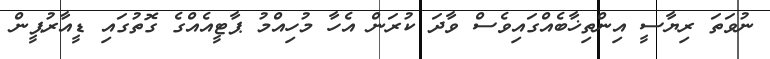
ނުވަތަ ރިޔާސީ އިންތިޚާބެއްގައިވެސް ވާދަ ކުރަން އެހާ މުހިއްމު ޕާޓީއެއްގެ ގޮތުގައި ޑީއާރުޕީން